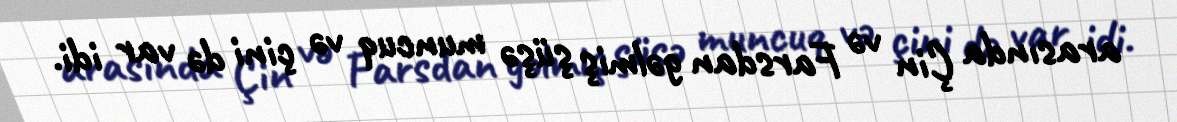
arasında Çin və Farsdan gəlmiş şüşə muncuq və çini də var idi.